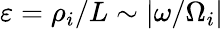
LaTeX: \varepsilon=\rho_{i}/L\sim|\omega/\Omega_{i}|